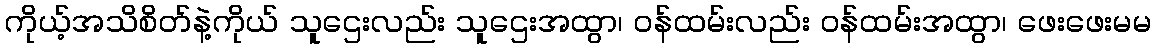
ကိုယ့်အသိစိတ်နဲ့ကိုယ် သူဌေးလည်း သူဌေးအထွာ၊ ဝန်ထမ်းလည်း ဝန်ထမ်းအထွာ၊ ဖေးဖေးမမ